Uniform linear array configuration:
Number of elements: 4
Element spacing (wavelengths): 0.25
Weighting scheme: hamming
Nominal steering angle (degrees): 30
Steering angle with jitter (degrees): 31.243
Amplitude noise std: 0.05
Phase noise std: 0.05

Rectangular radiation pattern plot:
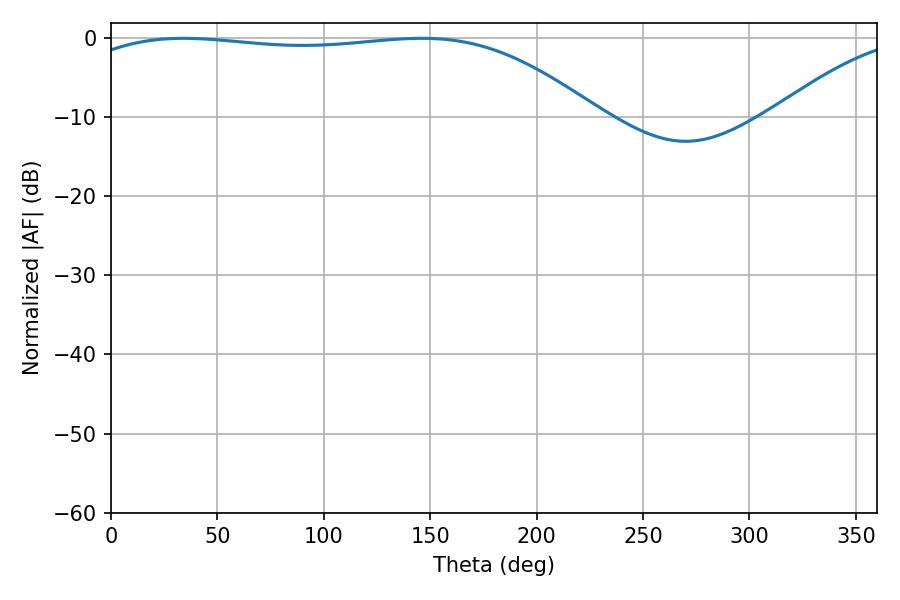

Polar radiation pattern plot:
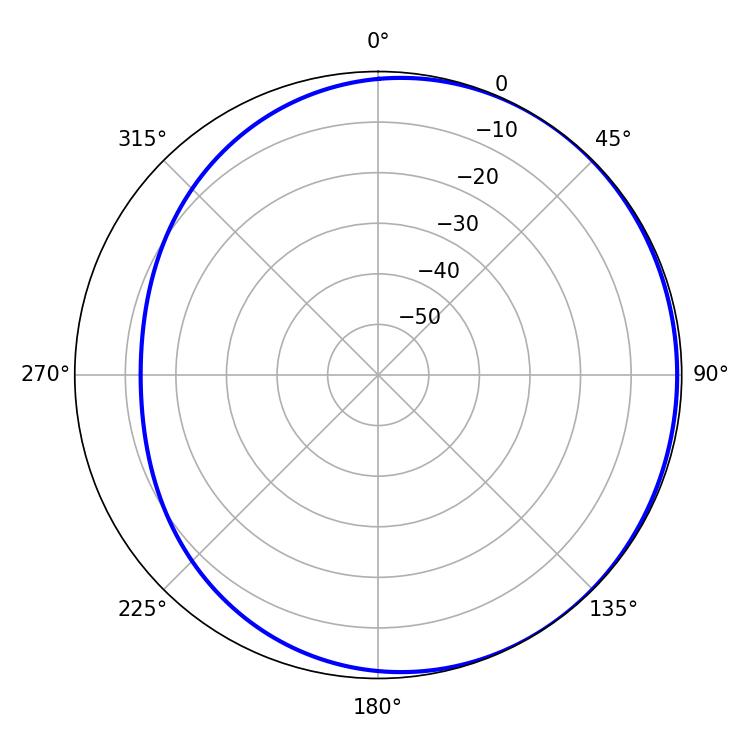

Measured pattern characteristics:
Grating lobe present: FALSE
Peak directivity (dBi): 1.222
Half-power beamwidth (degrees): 193.68
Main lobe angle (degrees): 34.02